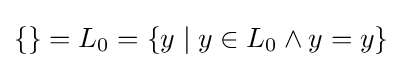
\{\}=L_{0}=\{y\mid y\in L_{0}\land y=y\}